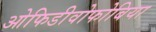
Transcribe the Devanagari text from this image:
ओफिडीवोफोबिया